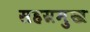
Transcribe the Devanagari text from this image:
सहस्रमुख